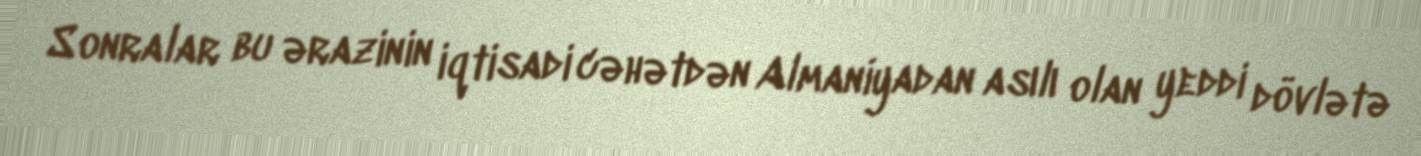
Sonralar bu ərazinin iqtisadi cəhətdən Almaniyadan asılı olan yeddi dövlətə